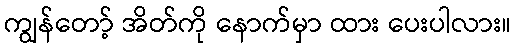
ကျွန်တော့် အိတ်ကို နောက်မှာ ထား ပေးပါလား။